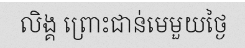
លិង្គ ព្រោះជាន់មេមួយថ្ងៃ